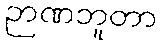
ဉာဏဘူတာ